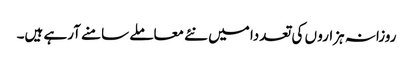
روزانہ ہزارو ں کی تعددا میں نئے معاملے سامنے آرہے ہیں۔